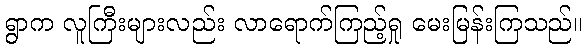
ရွာက လူကြီးများလည်း လာရောက်ကြည့်ရှု မေးမြန်းကြသည်။